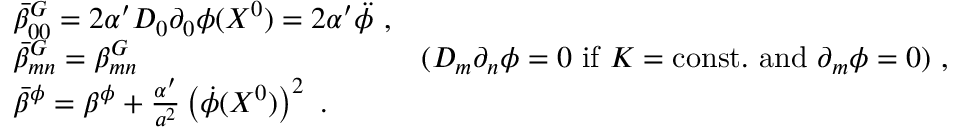
\begin{array} { l r } { { \bar { \beta } _ { 0 0 } ^ { G } = 2 \alpha ^ { \prime } D _ { 0 } \partial _ { 0 } \phi ( X ^ { 0 } ) = 2 \alpha ^ { \prime } \ddot { \phi } \ , } } & { { } } \\ { { \bar { \beta } _ { m n } ^ { G } = \beta _ { m n } ^ { G } } } & { { ( D _ { m } \partial _ { n } \phi = 0 \ \mathrm { i f } \ K = \mathrm { c o n s t . \ a n d } \ \partial _ { m } \phi = 0 ) \ , } } \\ { { \bar { \beta } ^ { \phi } = \beta ^ { \phi } + \frac { \alpha ^ { \prime } } { a ^ { 2 } } \left( \dot { \phi } ( X ^ { 0 } ) \right) ^ { 2 } \ . } } & { { } } \end{array}